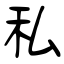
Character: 私